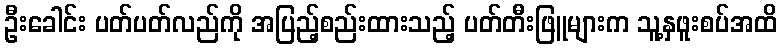
ဦးခေါင်း ပတ်ပတ်လည်ကို အပြည့်စည်းထားသည့် ပတ်တီးဖြူများက သူ့နှဖူးစပ်အထိ